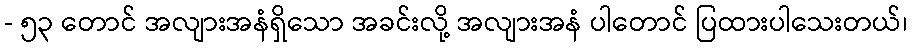
- ၅၃ တောင် အလျားအနံရှိသော အခင်းလို့ အလျားအနံ ပါတောင် ပြထားပါသေးတယ်၊